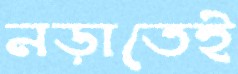
নড়াতেই